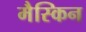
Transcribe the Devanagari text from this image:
मैस्किन